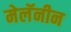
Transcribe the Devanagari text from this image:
मेलॅनीन